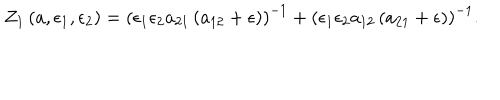
LaTeX: Z _ { 1 } \left( a , \epsilon _ { 1 } , \epsilon _ { 2 } \right) = \left( \epsilon _ { 1 } \epsilon _ { 2 } a _ { 2 1 } \left( a _ { 1 2 } + \epsilon \right) \right) ^ { - 1 } + \left( \epsilon _ { 1 } \epsilon _ { 2 } a _ { 1 2 } \left( a _ { 2 1 } + \epsilon \right) \right) ^ { - 1 } .